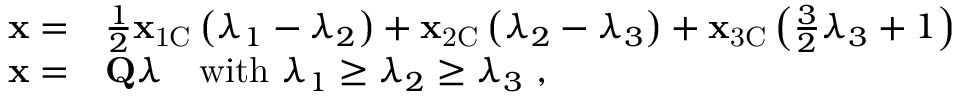
\begin{array} { r l } { \mathbf { x } = } & { \frac { 1 } { 2 } \mathbf { x } _ { \mathrm { 1 C } } \left( \lambda _ { 1 } - \lambda _ { 2 } \right) + \mathbf { x } _ { \mathrm { 2 C } } \left( \lambda _ { 2 } - \lambda _ { 3 } \right) + \mathbf { x } _ { \mathrm { 3 C } } \left( \frac { 3 } { 2 } \lambda _ { 3 } + 1 \right) } \\ { \mathbf { x } = } & { \mathbf { Q } \boldsymbol { \lambda } \quad \mathrm { w i t h } \ \lambda _ { 1 } \geq \lambda _ { 2 } \geq \lambda _ { 3 } \ \mathrm { , } } \end{array}